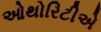
ઓથોરિટીએ